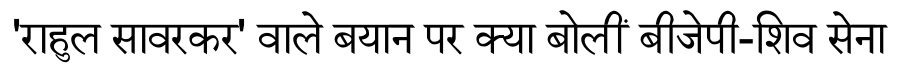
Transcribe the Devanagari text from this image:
'राहुल सावरकर' वाले बयान पर क्या बोलीं बीजेपी-शिव सेना